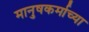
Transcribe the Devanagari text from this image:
मानुषकर्माच्या